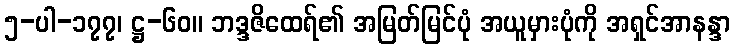
၅-ပါ-၁၇၇၊ ဋ္ဌ-၆၀။ ဘဒ္ဒဇိထေရ်၏ အမြတ်မြင်ပုံ အယူမှားပုံကို အရှင်အာနန္ဒာ